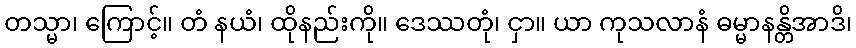
တသ္မာ၊ ကြောင့်။ တံ နယံ၊ ထိုနည်းကို။ ဒေဿတုံ၊ ငှာ။ ယာ ကုသလာနံ ဓမ္မာနန္တိအာဒိ၊